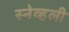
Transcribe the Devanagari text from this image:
स्नेव्हली